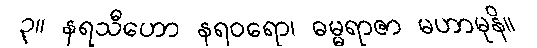
၃။ နရသီဟော နရဝရော၊ ဓမ္မရာဇာ မဟာမုနိ။